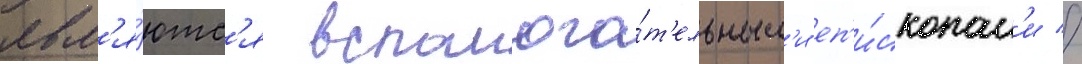
явл'я́ютс'я вспомога́т'ельным'и еп'и́скопам'и //